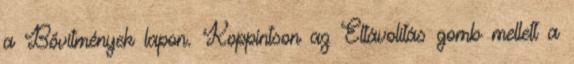
a Bővítmények lapon. Koppintson az Eltávolítás gomb mellett a